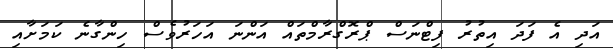
އަދި އެ ފަދަ އިތުރު ފިޓްނަސް ޕްރޮގްރާމްތައް އަންނަ އަހަރުވެސް ހިންގާނެ ކަމަށާއި